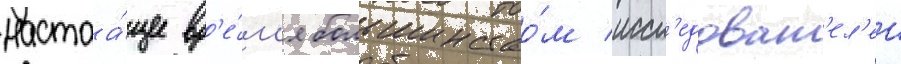
настоа́щее вр'е́м'я большинство́м иссл'едоват'ел'еи